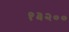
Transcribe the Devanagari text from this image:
१३२००